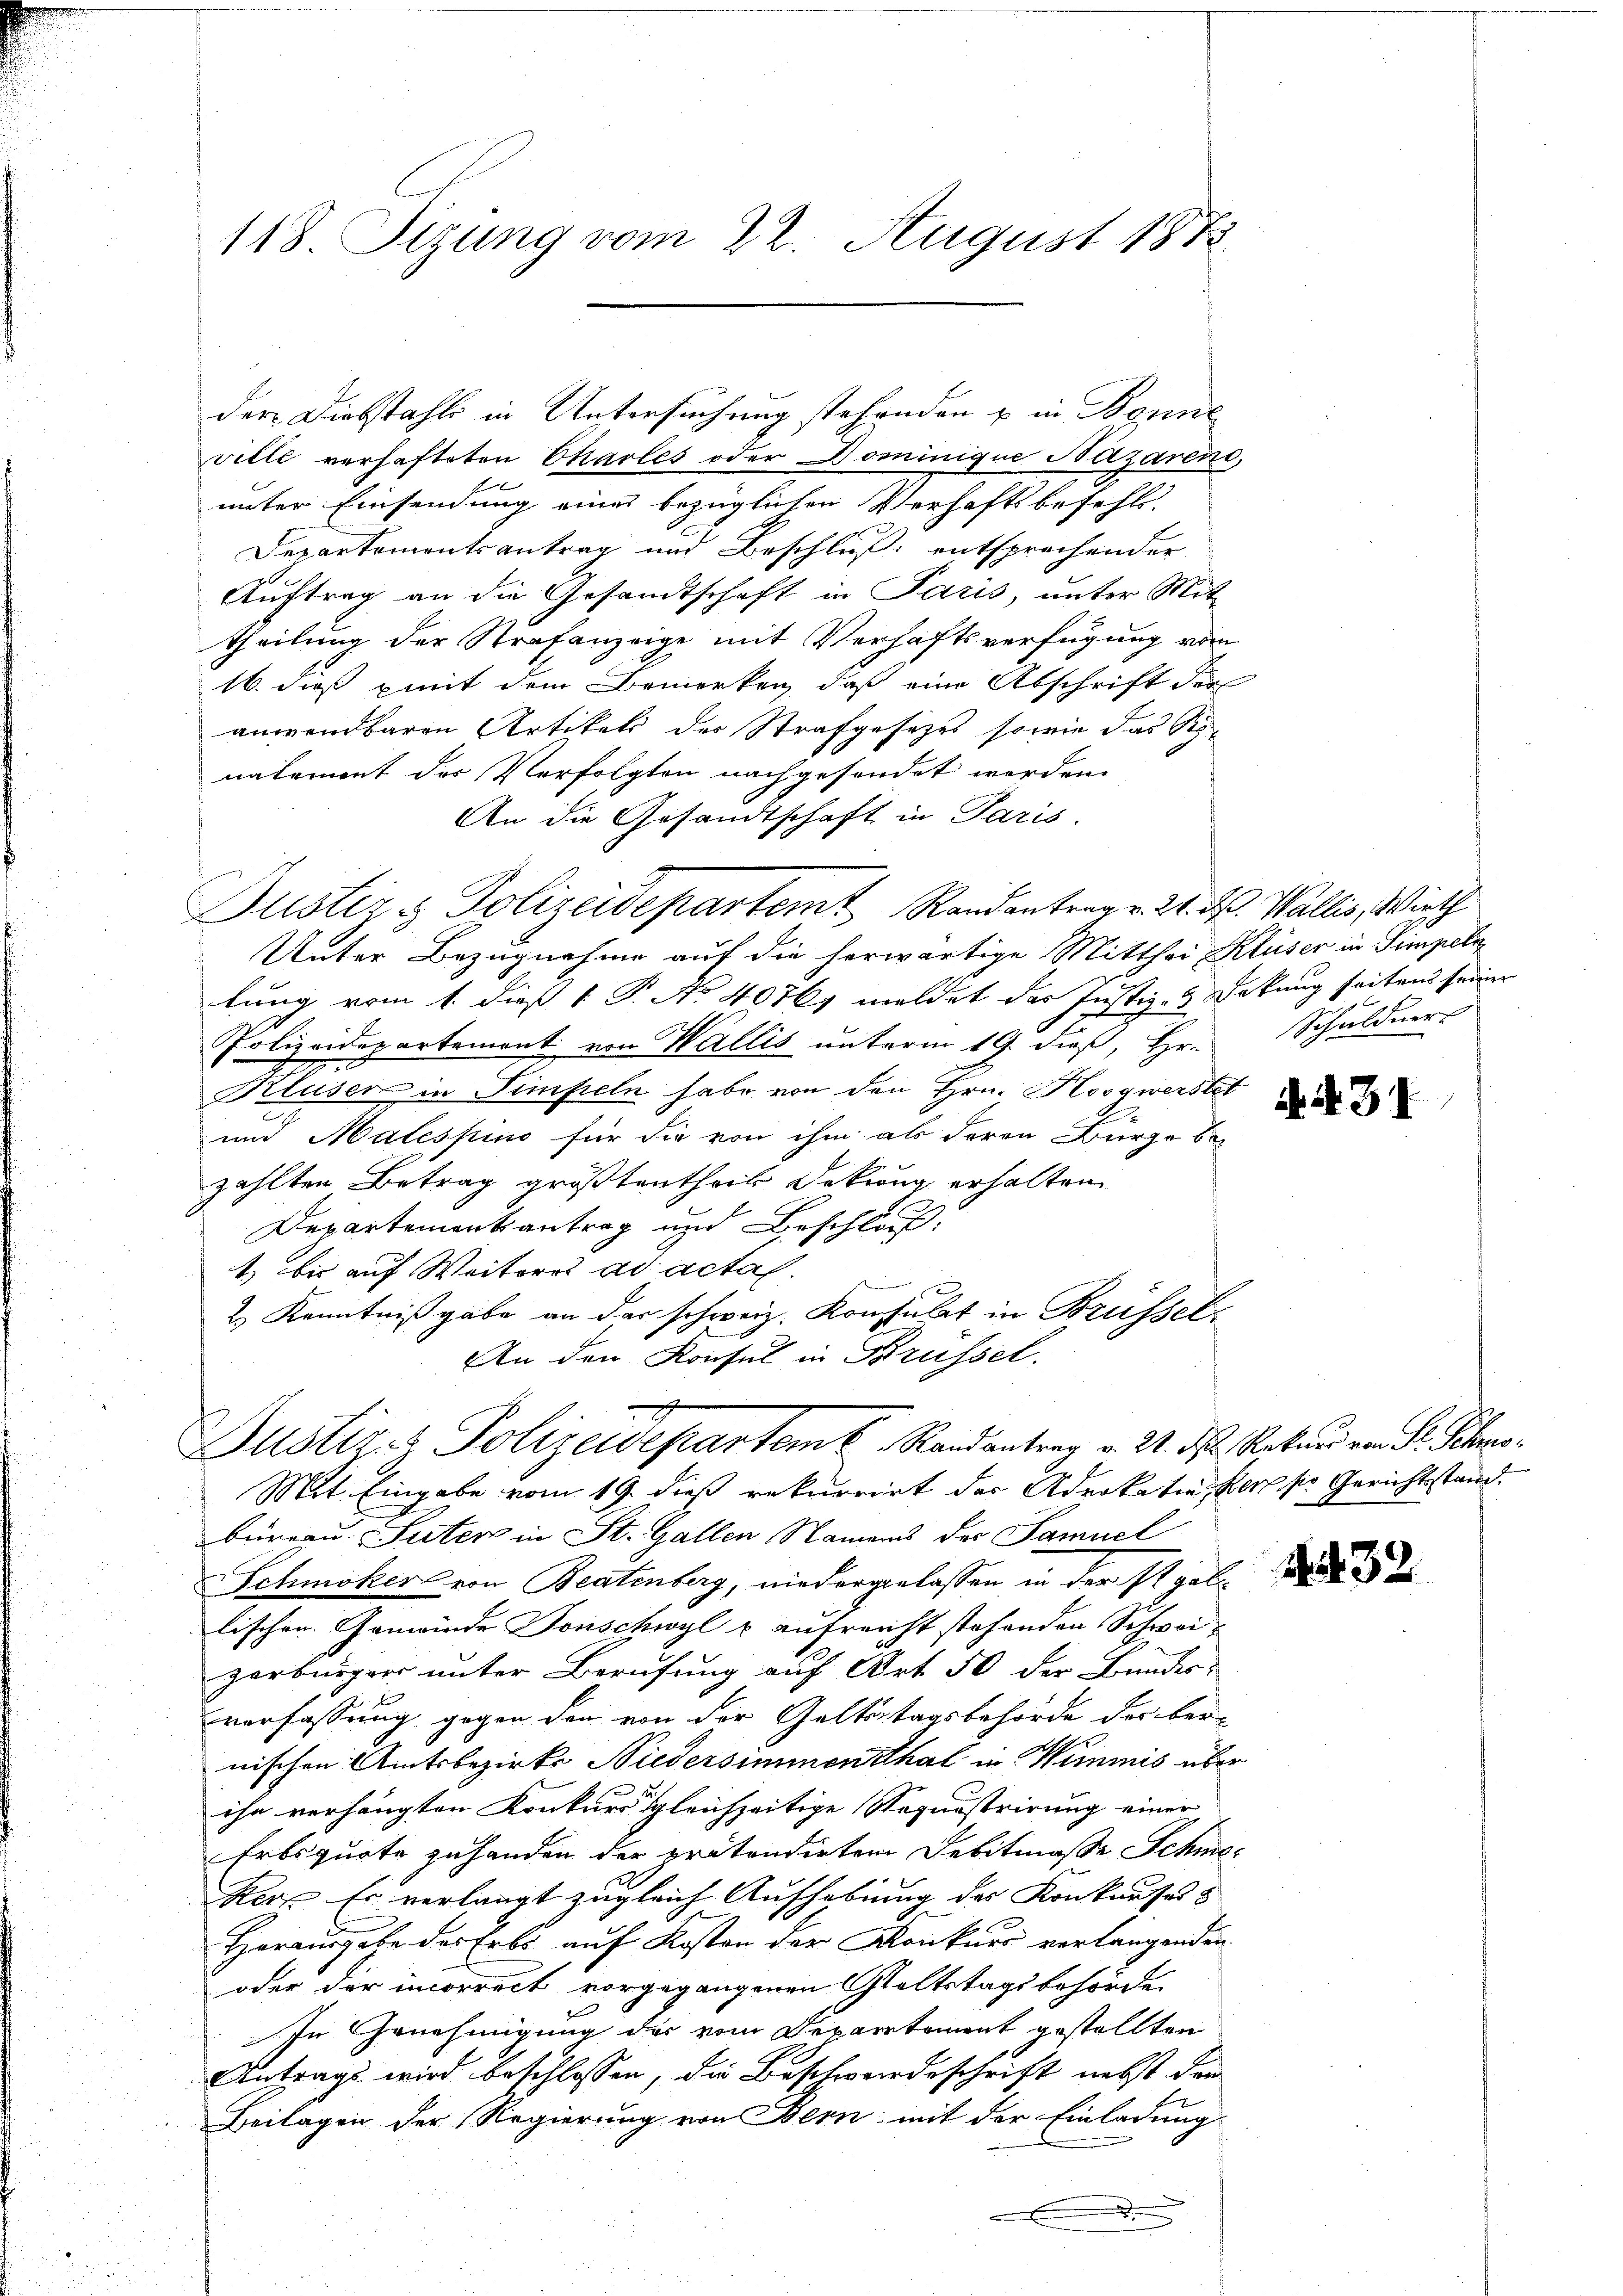
118. Sizung vom 22. August 1883.

der Diebstahls in Untersuchung stehenden u in Bonne
ville verhafteten Charles oder Dominique Nazaren,
unter Einsendung eines bezüglichen Verhaftsbefehl-
Departementsantrag und Beschluß: entsprechender
Auftrag an die Gesandtschaft in Paris, unter Mit-
theilung der Strafanzeige mit Verhaftsverfügung vom
16. dieß mit dem Bemerken, daß eine Abschrift der
anwendbaren Artikels des Strafgesetzes sowie das Renakament der Verfolgten nachgesondet werden.
An die Gesandtschaft in Paris.
Justiz & Polizeidepartemt Randantrag v. 24. d. Wallis, Wirth
Unter Bezugnahme auf die herwärtige Mitthei Kluser in Simpeln
lung vom 1. dieß P. No 4076 meldet das Justiz- & Sekung seitens seiner
Polizeidepartement von Wallis unterm 19. dieß, Hr. Schuldner
Kluser in Simpeln habe von den Hrn. Kosgwerstet
.
und Malespino für die von ihm als deren Bürge be-
zählten Betrag größtentheil Dekung erhalten
Departementantrag und Beschluß:
1) bis auf Weiteres ad acta.
e
2.) Kenntnißgabe an der schweiz. Konsulat in Brüssel.
An den Konsul in Brüssel.

Justizes Polizeidepartem C. Randantrag v. 24. ds Rekund von Fr. Schmo¬

Mit. Eingabe vom 19. dieß rekurrirt der Advokatio per per Gerichtstand.
büreau. Suter in St. Gallen Namens der Samuel
Schmöker von Beatenberg, niedergelassen in der Stallischen Gemeinde Forschwyl u. aufreicht stehenden Schweizerbürger unter Berufung auf Art. 50 der Bundes-
verfassung gegen den von der Geltstagsbehörde des bernischen Amtsbezirks Niedersimmenthal in Wimmis über
ihn verhängten Konkurs gleichzeitige Requistrirung einer
Erbsquote zuhanden der prätondirten Debitmasse Schma¬
Rer. Er verlangt zugleich Aufhebung des Konkurses |
Herausgabe des Erbs auf Kosten der Konkurs verlangenden
oder der incorrect vorgegangenen Geltstagsbehörde
In Genehmigung des vom Departement gestellten
Antrags wird beschlossen, die Beschwerdeschrift nebst den
Beilagen der Regierung von Bern mit der Einladung
.

A. 431

132